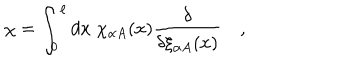
\chi = \int _ { 0 } ^ { \ell } d x \; \chi _ { \alpha A } ( x ) { \frac { \delta } { \delta \xi _ { \alpha A } ( x ) } } \quad ,